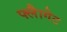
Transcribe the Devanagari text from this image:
फ्लैागेट